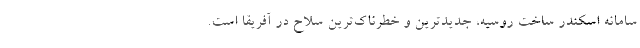
سامانه اسکندر ساخت روسیه، جدیدترین و خطرناک‌ترین سلاح در آفریقا است.